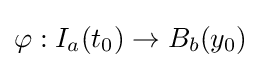
\varphi :I_{a}(t_{0})\to B_{b}(y_{0})